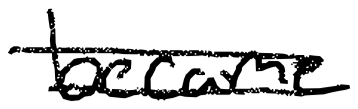
Text: became
Cross-out: mix
Writing tool: digital_black